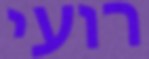
רועי